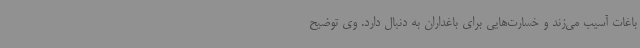
باغات آسیب می‌زند و خسارت‌هایی برای باغداران به دنبال دارد. وی توضیح